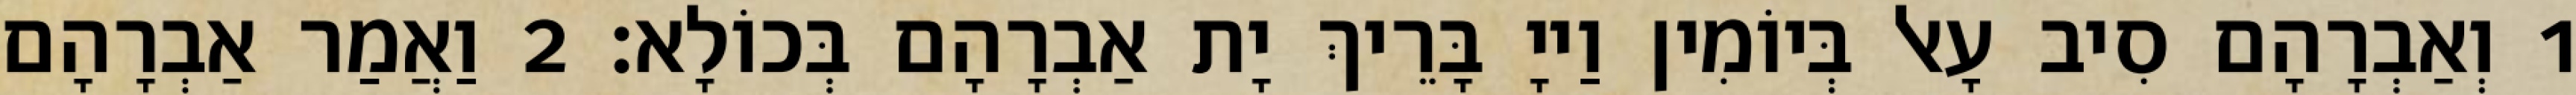
1 וְאַבְרָהָם סִיב עָאל בְּיוֹמִין וַייָ בָּרֵיךְ יָת אַבְרָהָם בְּכוֹלָא׃ 2 וַאֲמַר אַבְרָהָם